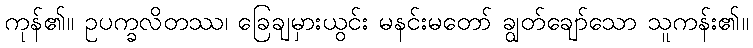
ကုန်၏။ ဥပက္ခလိတဿ၊ ခြေချမှားယွင်း မနင်းမတော် ချွတ်ချော်သော သူကန်း၏။